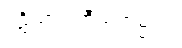
ပဋိသာရဏီယကမ္မဿ